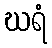
ဃရံ